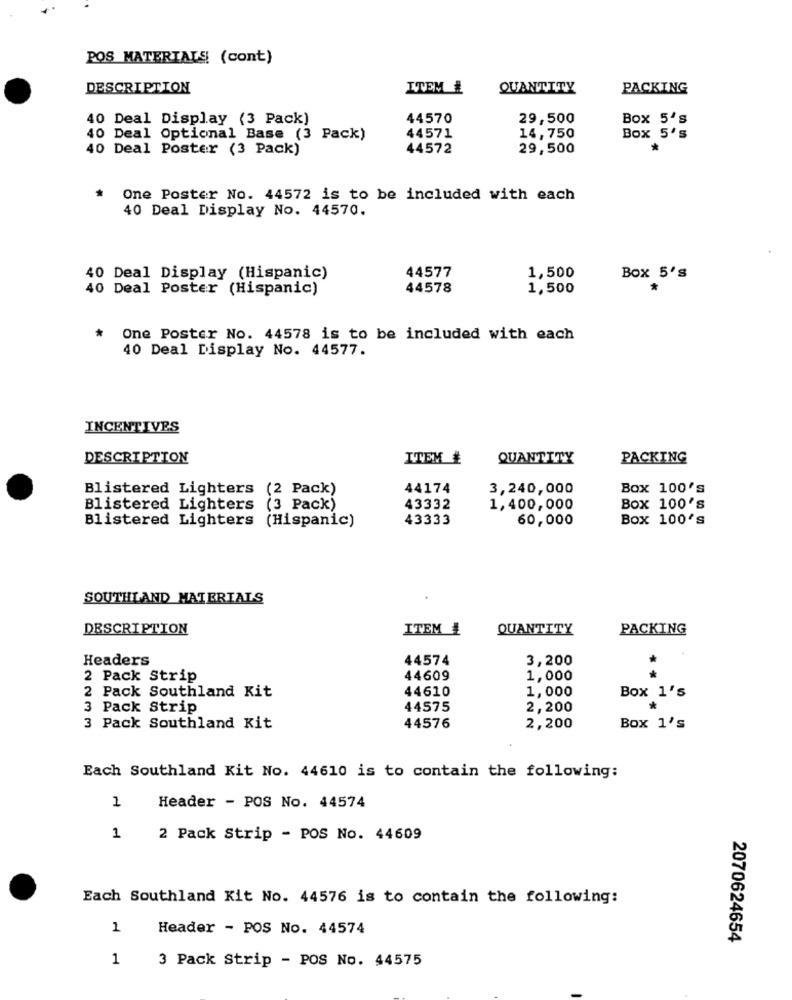
POS MATERIALS! (cont)
DESCRIPTION
ITEM #
QUANTITY
PACKING
40 Deal Display (3 Pack)
44570
29,500
Box 5's
40 Deal Optional Base (3 Pack)
44571
14,750
Box 5's
40 Deal Poster (3 Pack)
44572
29,500
One Poster No. 44572 is to be included with each
40 Deal Display No. 44570.
44577
40 Deal Display (Hispanic)
1,500
Box 5's
40 Deal Poster (Hispanic)
44578
1,500
One Poster No. 44578 is to be included with each
40 Deal Display No. 44577.
INCENTIVES
DESCRIPTION
ITEM #
QUANTITY
PACKING
Blistered Lighters (2 Pack)
44174
3,240,000
Box 100's
Blistered Lighters (3 Pack)
43332
1,400,000
Box 100's
Blistered Lighters (Hispanic)
43333
60,000
Box 100's
SOUTHLAND MATERIALS
DESCRIPTION
ITEM #
QUANTITY
PACKING
Headers
44574
3,200
2 Pack Strip
44609
1,000
2 Pack Southland Kit
44610
1,000
Box 1's
3 Pack Strip
44575
2,200
3 Pack Southland Kit
44576
2,200
Box 1's
Each Southland Kit No. 44610 is to contain the following:
1
Header - POS No. 44574
1
2 Pack Strip - POS No. 44609
Each Southland Kit No. 44576 is to contain the following:
1
Header - POS No. 44574
2070624654
1
3 Pack Strip - POS No. 44575